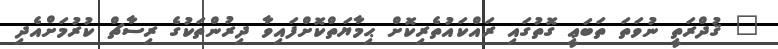
_ ޤުދްރަތީ ނުވަތަ ތަބަޢީ ގޮތުގައި ރައްކައުތެރިކޮށް ޙިމާޔަތްކޮށްފައިވާ ދިރުންތަކުގެ ރިސާޗް ކުރުމަށްއެދި